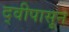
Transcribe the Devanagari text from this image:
द्वीपासून